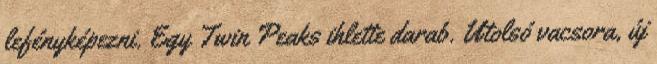
lefényképezni. Egy Twin Peaks ihlette darab. Utolsó vacsora, új